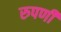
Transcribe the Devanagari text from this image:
रुपणी